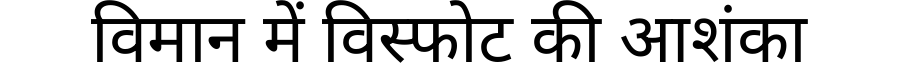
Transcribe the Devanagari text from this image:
विमान में विस्फोट की आशंका